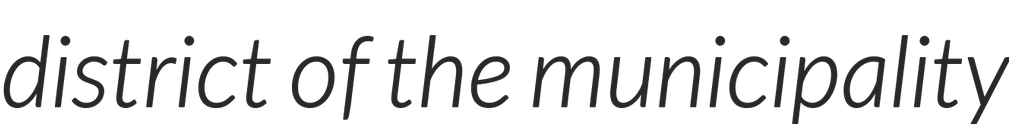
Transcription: district of the municipality